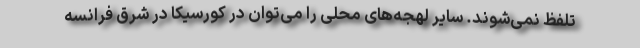
تلفظ نمی‌شوند. سایر لهجه‌های محلی را می‌توان در کورسیکا در شرق فرانسه